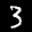
Label: 3